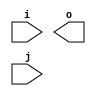
(* blackbox *)
module sub(input i, output o, input j);
endmodule

(* blackbox *)
module foobar(input i, output o, input j);
endmodule

module top(input i, output o);
sub s0(i, o);
endmodule